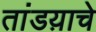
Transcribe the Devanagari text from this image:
तांडय़ाचे